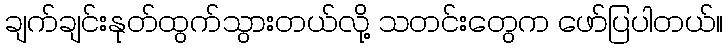
ချက်ချင်းနုတ်ထွက်သွားတယ်လို့ သတင်းတွေက ဖော်ပြပါတယ်။